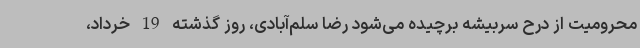
محرومیت از درح سربیشه برچیده می‌شود رضا سلم‌آبادی، روز گذشته 19 خرداد،